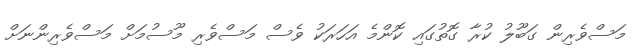
މަސްވެރިން ގަބޫލު ކުރާ ގޮތުގައި ކޮންމެ އަހަރަކު ވެސް މަސްވެރި މޫސުމަށް މަސްވެރިންނަށް